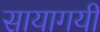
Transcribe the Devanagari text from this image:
सायागयी